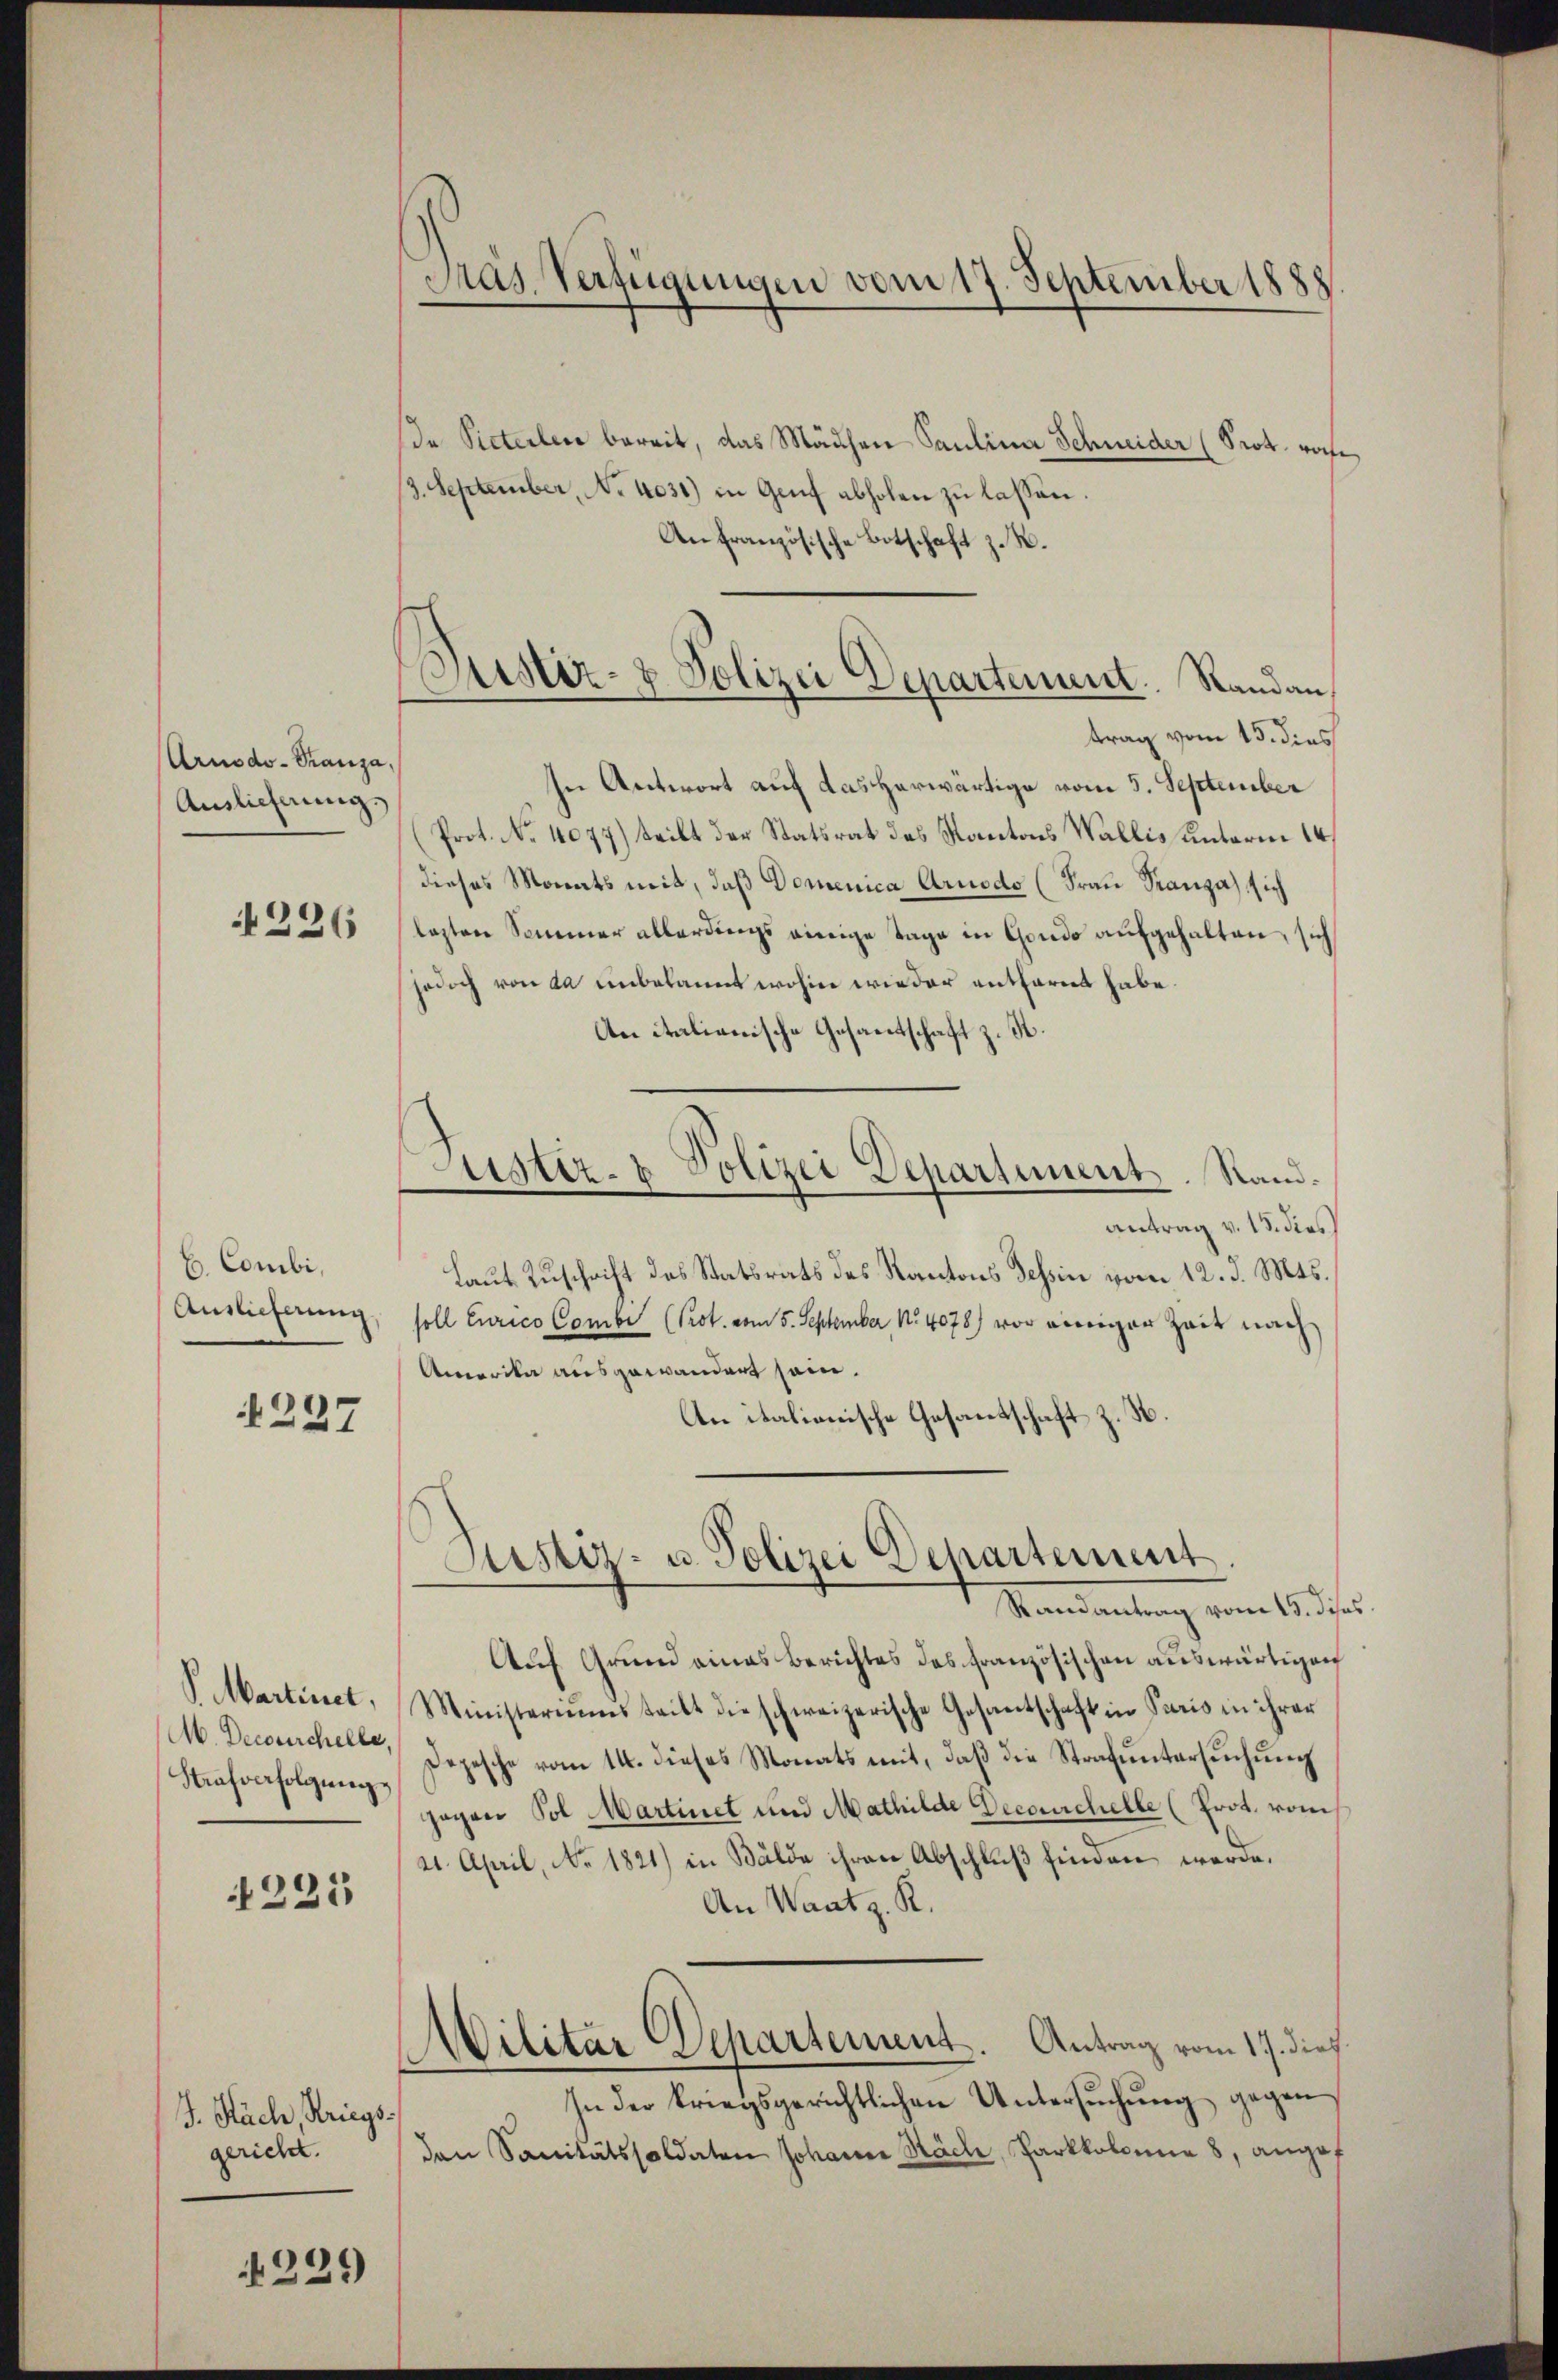
Arnodo-Pranza,
Auslieferung.
4226

b. Combi,
Auslieferung

227

M. Decorirchelle,
Strafverfolgung

4225

J. Nach, Kriegsgericht.

229

Pas Verfügungen vom 17. September 1888.

Justiz- & Polizei Departement. Randan¬

da Sieterlei bereit, das Mädchen Paulina Schneider (Prot. rohe
3. September, No 4031.) in Genf abholen zu lassen.
Anfranzösische Botschaft z. B.
trag vom 15. dies
In Antwort auf das herwärtige vom 5. September
Prot. No 1077) teilt der Statsrat des Kantons Wallis unterm 14.
dieses Monats mit, daß Domenica Arnodo (Frau Stanza sich
lezten Sommer allerdings einige Tage in Gondo aufgehalten, sich
jodoch von da unbekannt wohin wieder entfernt habe.
An italianische Gesantschaft z. B.
antrag v. 15. dies
Laut Zuschrift des Statsrats des Kantons Tessin vom 12. d. Mts.
soll Eurico Combe (Prot. vom 5. September No 4078) vor einiger Zeit nach
Amerika ausgewandert sein.
An italienische Gesandtschaft z. B.
Justiz- u. Polizei Departement
Mandantung vom 18. des
Auf Grund eines Berichtes des französischen auswärtigen
VMMartinet, Ministeriŭms teilt die schweizerische Gesantschaft in Paris in ihrer
Depesche vom 14. dieses Monats mit, daß die Strafuntersuchung
zogen Pol Martinet und Mathilde Decouchelle (Prot. vom
21. April, No. 1821) in Bälde ihren Abschluß finden werde,
An Waatz. R.
Militar Departement. Antrag vom 17. dies
In der kriegsgerichtlichen Untersuchung gegen
den Sanitätssoldaten Johann Räche, Parkkolonia 8, angef

Justiz- & Polizei Departement. Sand¬